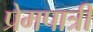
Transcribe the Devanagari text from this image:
प्रेमपात्री